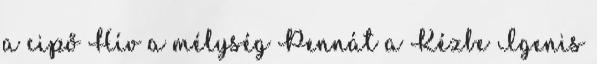
a cipő Hív a mélység Pennát a Kézbe Igenis